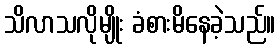
သိလာသလိုမျိုး ခံစားမိနေခဲ့သည်။